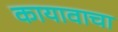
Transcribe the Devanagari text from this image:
कायावाचा